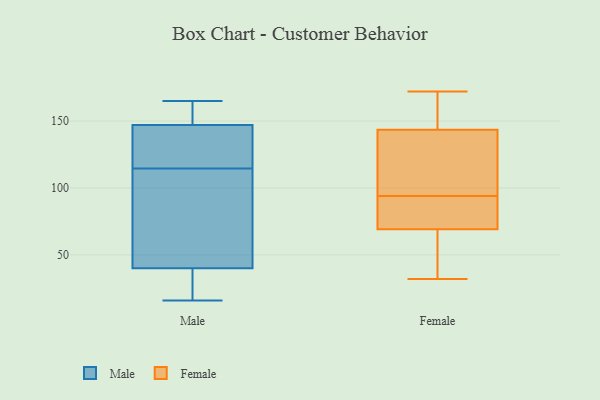
{"axis": {"x": "Waste Production (Tons)", "y": "Value"}, "legend": ["Female", "Male"], "data": [{"x": "", "y": 116, "type": "Male"}, {"x": "", "y": 165, "type": "Male"}, {"x": "", "y": 141, "type": "Male"}, {"x": "", "y": 113, "type": "Male"}, {"x": "", "y": 160, "type": "Male"}, {"x": "", "y": 16, "type": "Male"}, {"x": "", "y": 40, "type": "Male"}, {"x": "", "y": 29, "type": "Male"}, {"x": "", "y": 83, "type": "Male"}, {"x": "", "y": 147, "type": "Male"}, {"x": "", "y": 145, "type": "Female"}, {"x": "", "y": 69, "type": "Female"}, {"x": "", "y": 91, "type": "Female"}, {"x": "", "y": 38, "type": "Female"}, {"x": "", "y": 89, "type": "Female"}, {"x": "", "y": 32, "type": "Female"}, {"x": "", "y": 139, "type": "Female"}, {"x": "", "y": 156, "type": "Female"}, {"x": "", "y": 119, "type": "Female"}, {"x": "", "y": 154, "type": "Female"}, {"x": "", "y": 172, "type": "Female"}, {"x": "", "y": 70, "type": "Female"}, {"x": "", "y": 94, "type": "Female"}, {"x": "", "y": 33, "type": "Female"}, {"x": "", "y": 132, "type": "Female"}]}